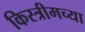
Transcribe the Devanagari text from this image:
किस्त्रीमच्या